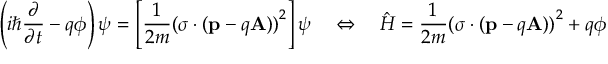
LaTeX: \left( i \hbar { \frac { \partial } { \partial t } } - q \phi \right) \psi = \left[ { \frac { 1 } { 2 m } } { ( { \boldsymbol { \sigma } } \cdot ( \mathbf { p } - q \mathbf { A } ) ) } ^ { 2 } \right] \psi \quad \Leftrightarrow \quad { \hat { H } } = { \frac { 1 } { 2 m } } { ( { \boldsymbol { \sigma } } \cdot ( \mathbf { p } - q \mathbf { A } ) ) } ^ { 2 } + q \phi